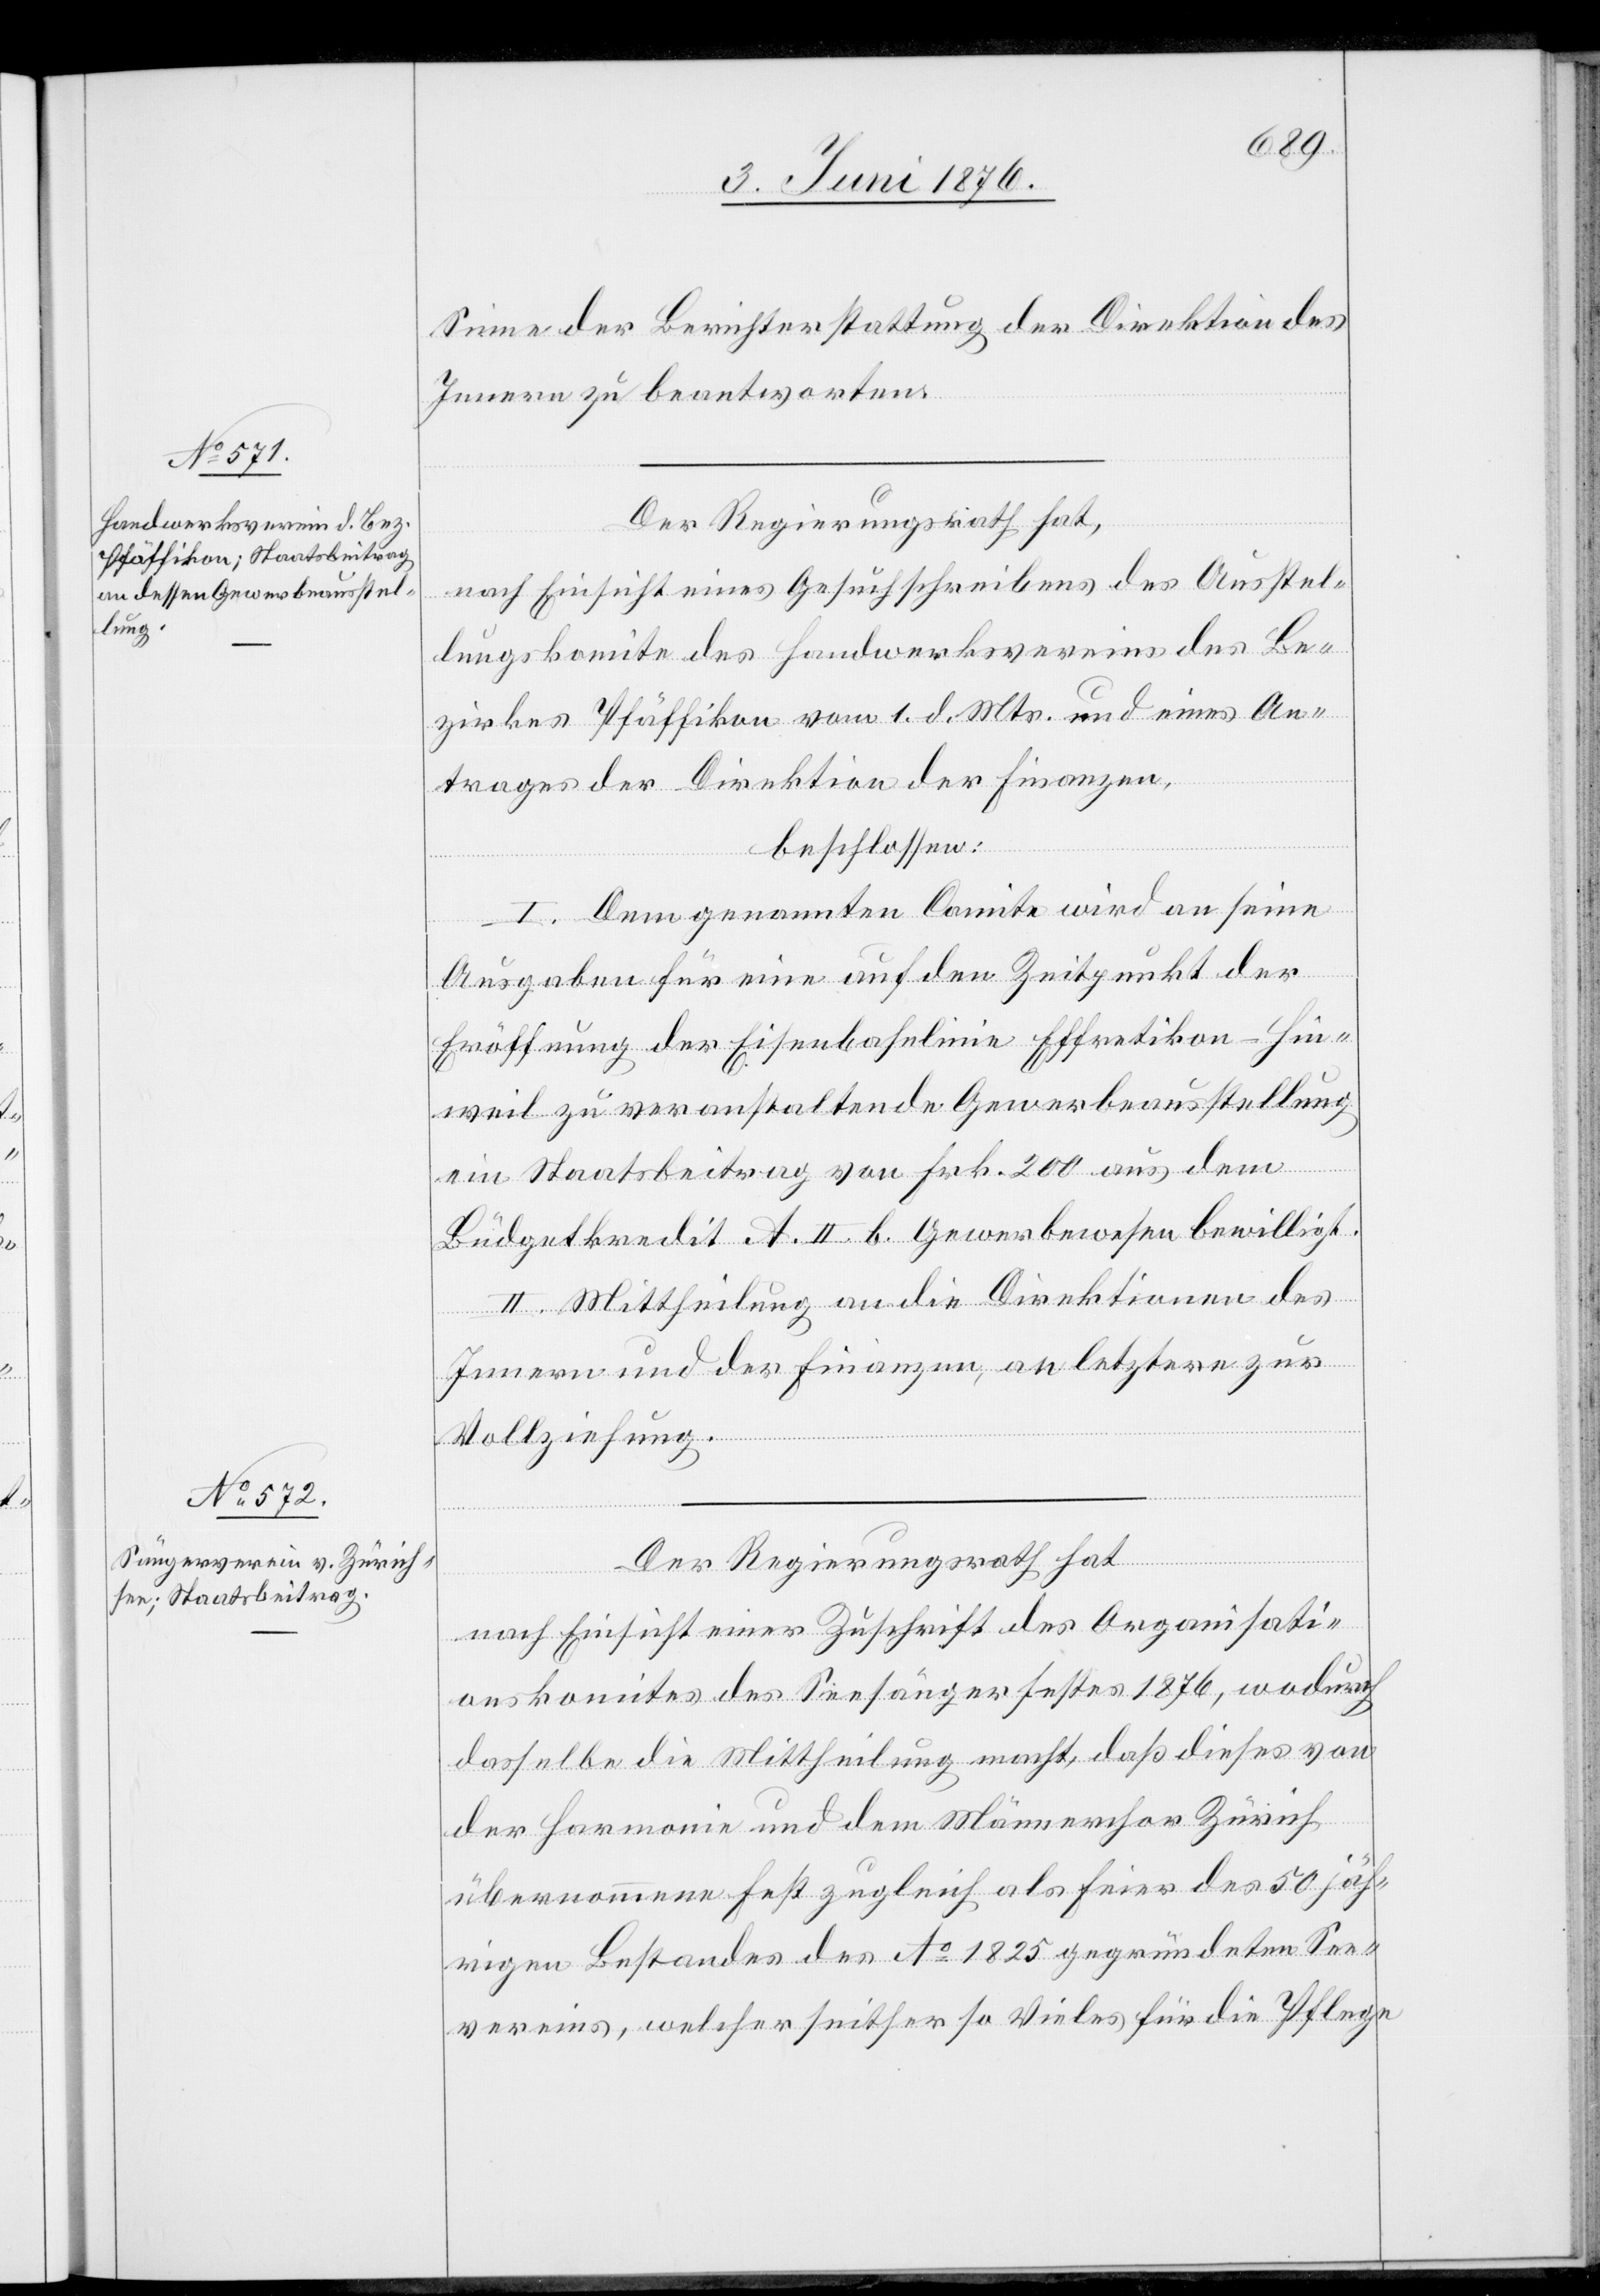
Sinne der Berichterstattung der Direktion des
Innern zu beantworten.
Der Regierungsrath hat,
nach Einsicht eines Gesuchschreibens des Ausstel¬
lungskomite des Handwerksvereins des Be¬
zirkes Pfäffikon vom 1. d. Mts. und eines An¬
trages der Direktion der Finanzen,
beschlossen:
I: Dem genannten Comite wird an seine
Ausgaben für eine auf den Zeitpunkt der
Eröffnung der Eisenbahnlinie Effretikon–Hin¬
weil zu veranstaltende Gewerbeausstellung
ein Staatsbeitrag von Frk. 200 aus dem
Büdgetkredit A. II. b. Gewerbewesen bewilligt.
II. Mittheilung an die Direktionen des
Innern und der Finanzen, an letztere zur
Vollziehung.
Der Regierungsrath hat,
nach Einsicht einer Zuschrift des Organisati¬
onskomites des Seesängerfestes 1876, wodurch
dasselbe die Mittheilung macht, das dieses von
der Harmonie und dem Männerchor Zürich
übernommene Fest zugleich als Feier des 50 jäh¬
rigen Bestandes des Ao 1825 gegründeten See¬
vereins, welcher seither so Vieles für die Pflege